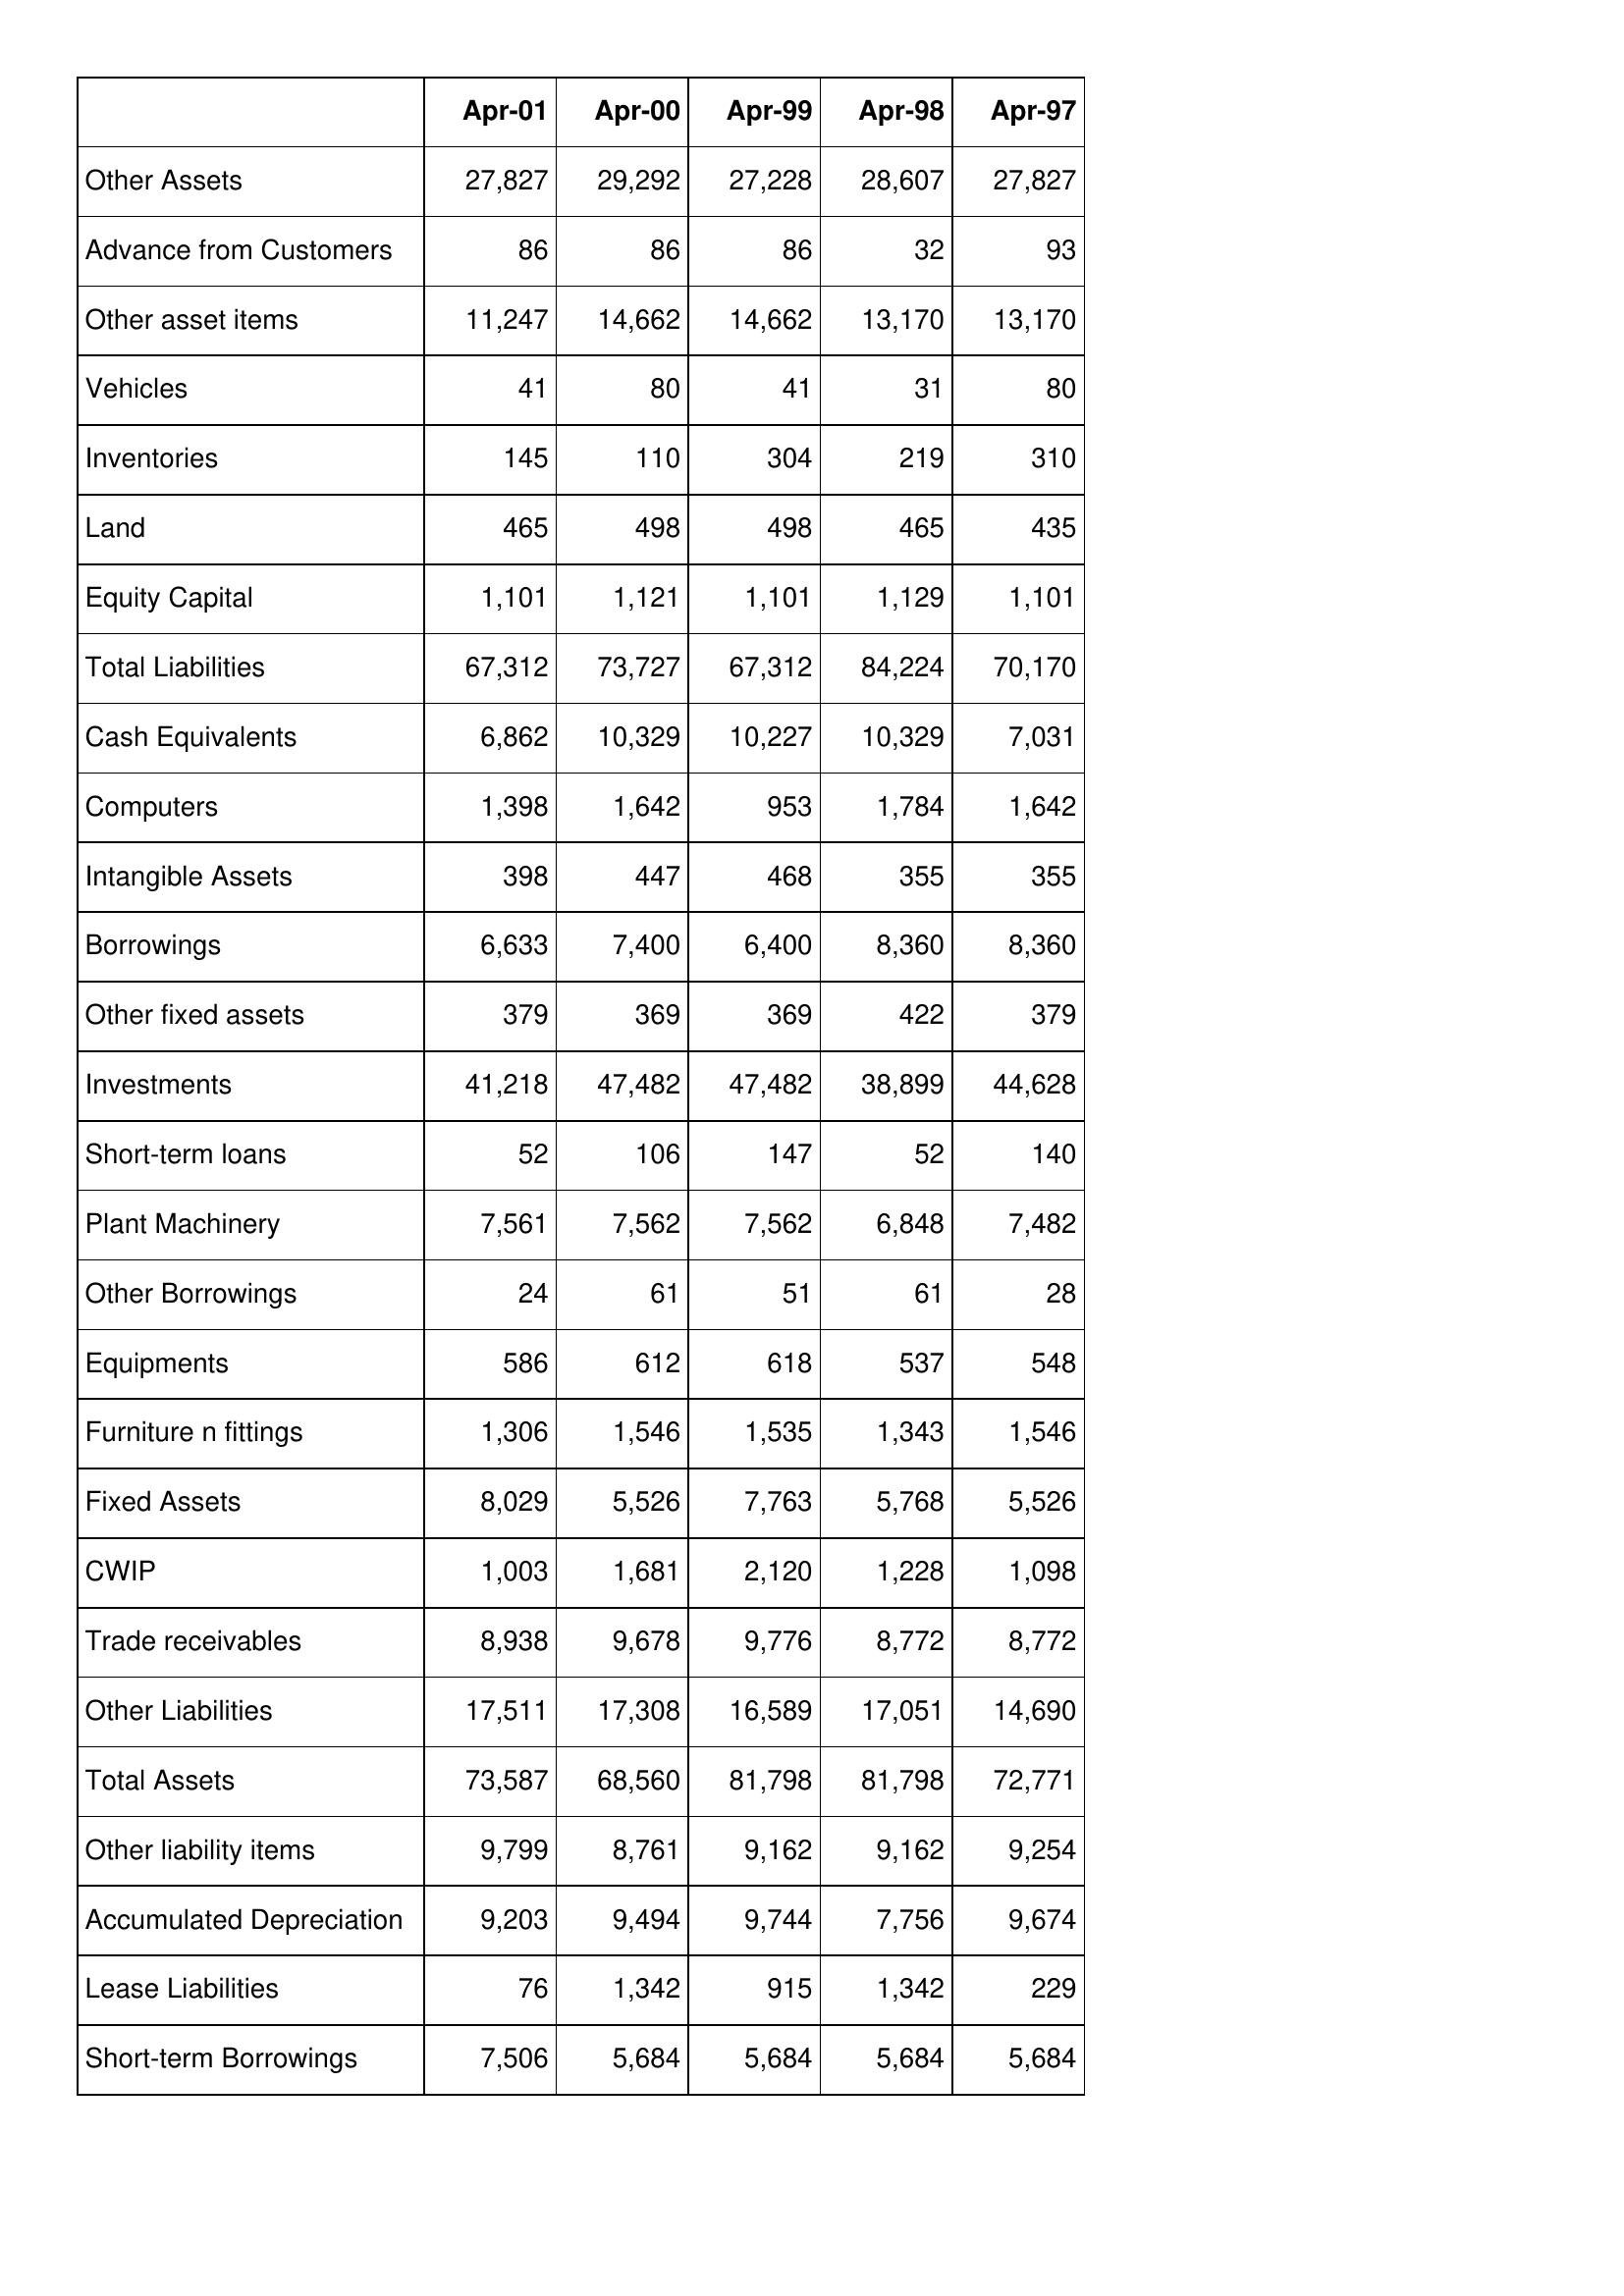
Apr-01: Balance Sheet: Other Assets: 27,827
Advance from Customers: 86
Other asset items: 11,247
Vehicles: 41
Inventories: 145
Land: 465
Equity Capital: 1,101
Total Liabilities: 67,312
Cash Equivalents: 6,862
Computers: 1,398
Intangible Assets: 398
Borrowings: 6,633
Other fixed assets: 379
Investments: 41,218
Short-term loans: 52
Plant Machinery: 7,561
Other Borrowings: 24
Equipments: 586
Furniture n fittings: 1,306
Fixed Assets: 8,029
CWIP: 1,003
Trade receivables: 8,938
Other Liabilities: 17,511
Total Assets: 73,587
Other liability items: 9,799
Accumulated Depreciation: 9,203
Lease Liabilities: 76
Short-term Borrowings: 7,506
Apr-00: Balance Sheet: Other Assets: 29,292
Advance from Customers: 86
Other asset items: 14,662
Vehicles: 80
Inventories: 110
Land: 498
Equity Capital: 1,121
Total Liabilities: 73,727
Cash Equivalents: 10,329
Computers: 1,642
Intangible Assets: 447
Borrowings: 7,400
Other fixed assets: 369
Investments: 47,482
Short-term loans: 106
Plant Machinery: 7,562
Other Borrowings: 61
Equipments: 612
Furniture n fittings: 1,546
Fixed Assets: 5,526
CWIP: 1,681
Trade receivables: 9,678
Other Liabilities: 17,308
Total Assets: 68,560
Other liability items: 8,761
Accumulated Depreciation: 9,494
Lease Liabilities: 1,342
Short-term Borrowings: 5,684
Apr-99: Balance Sheet: Other Assets: 27,228
Advance from Customers: 86
Other asset items: 14,662
Vehicles: 41
Inventories: 304
Land: 498
Equity Capital: 1,101
Total Liabilities: 67,312
Cash Equivalents: 10,227
Computers: 953
Intangible Assets: 468
Borrowings: 6,400
Other fixed assets: 369
Investments: 47,482
Short-term loans: 147
Plant Machinery: 7,562
Other Borrowings: 51
Equipments: 618
Furniture n fittings: 1,535
Fixed Assets: 7,763
CWIP: 2,120
Trade receivables: 9,776
Other Liabilities: 16,589
Total Assets: 81,798
Other liability items: 9,162
Accumulated Depreciation: 9,744
Lease Liabilities: 915
Short-term Borrowings: 5,684
Apr-98: Balance Sheet: Other Assets: 28,607
Advance from Customers: 32
Other asset items: 13,170
Vehicles: 31
Inventories: 219
Land: 465
Equity Capital: 1,129
Total Liabilities: 84,224
Cash Equivalents: 10,329
Computers: 1,784
Intangible Assets: 355
Borrowings: 8,360
Other fixed assets: 422
Investments: 38,899
Short-term loans: 52
Plant Machinery: 6,848
Other Borrowings: 61
Equipments: 537
Furniture n fittings: 1,343
Fixed Assets: 5,768
CWIP: 1,228
Trade receivables: 8,772
Other Liabilities: 17,051
Total Assets: 81,798
Other liability items: 9,162
Accumulated Depreciation: 7,756
Lease Liabilities: 1,342
Short-term Borrowings: 5,684
Apr-97: Balance Sheet: Other Assets: 27,827
Advance from Customers: 93
Other asset items: 13,170
Vehicles: 80
Inventories: 310
Land: 435
Equity Capital: 1,101
Total Liabilities: 70,170
Cash Equivalents: 7,031
Computers: 1,642
Intangible Assets: 355
Borrowings: 8,360
Other fixed assets: 379
Investments: 44,628
Short-term loans: 140
Plant Machinery: 7,482
Other Borrowings: 28
Equipments: 548
Furniture n fittings: 1,546
Fixed Assets: 5,526
CWIP: 1,098
Trade receivables: 8,772
Other Liabilities: 14,690
Total Assets: 72,771
Other liability items: 9,254
Accumulated Depreciation: 9,674
Lease Liabilities: 229
Short-term Borrowings: 5,684